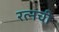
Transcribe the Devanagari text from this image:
रत्‍नची